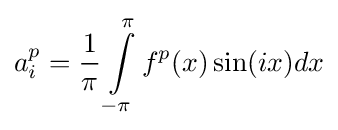
a_{i}^{p}={\frac {1}{\pi }}\int \limits _{-\pi }^{\pi }f^{p}(x)\sin(ix)dx